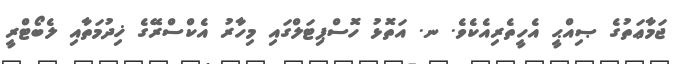
ޖަމާޢަތުގެ ޞިއްޙީ އެހީތެރިއެކެވެ. ނ. އަތޮޅު ހޮސްޕިޓަލްގައި މިހާރު އެކްސްރޭގެ ޚިދުމަތާއި ލެބޯޓްރީ